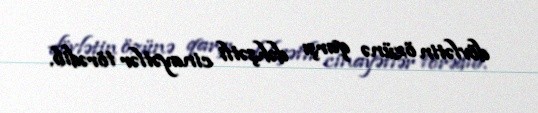
dövlətin özünə qarşı dəhşətli cinayətlər törədib.